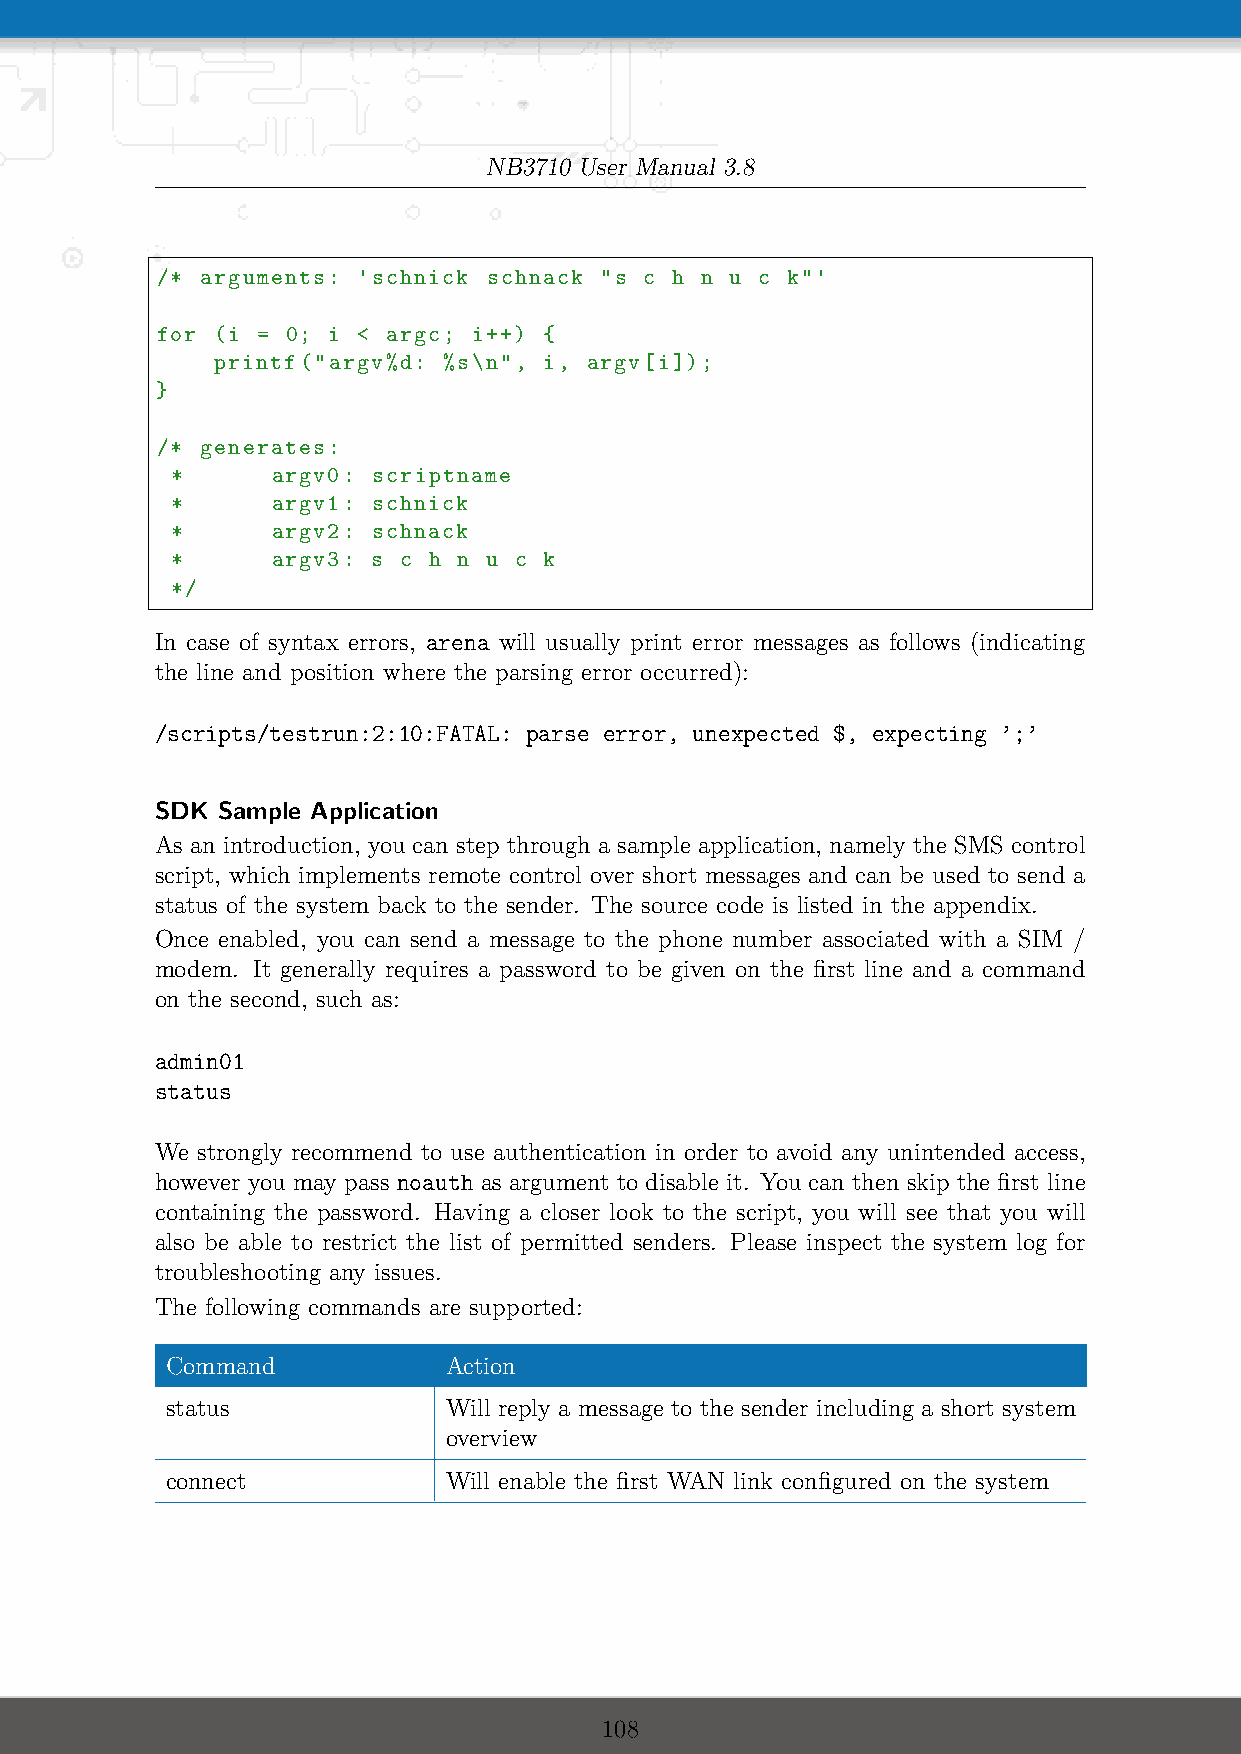
NB3710 User Manual 3.8
 /* arguments: 'schnick schnack "s c h n u c k"'
 for (i = 0; i < argc; i++) {
 printf("argv%d: %s\n", i, argv[i]);
 }
 /* generates:
 *      argv0: scriptname
 *      argv1: schnick
 *      argv2: schnack
 *      argv3: s c h n u c k
 */
 In case of syntax errors, arena will usually print error messages as follows (indicating
 the line and position where the parsing error occurred):
 /scripts/testrun:2:10:FATAL: parse error, unexpected $, expecting ’;’
 SDK Sample Application
 As an introduction, you can step through a sample application, namely the SMS control
 script, which implements remote control over short messages and can be used to send a
 status of the system back to the sender. The source code is listed in the appendix.
 Once enabled, you can send a message to the phone number associated with a SIM /
 modem. It generally requires a password to be given on the first line and a command
 on the second, such as:
 admin01
 status
 We strongly recommend to use authentication in order to avoid any unintended access,
 however you may pass noauth as argument to disable it. You can then skip the first line
 containing the password. Having a closer look to the script, you will see that you will
 also be able to restrict the list of permitted senders. Please inspect the system log for
 troubleshooting any issues.
 The following commands are supported:
 Command           Action
 status            Will reply a message to the sender including a short system
 overview
 connect           Will enable the first WAN link configured on the system
 108